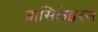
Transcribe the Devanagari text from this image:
ब्रासिलेइरस